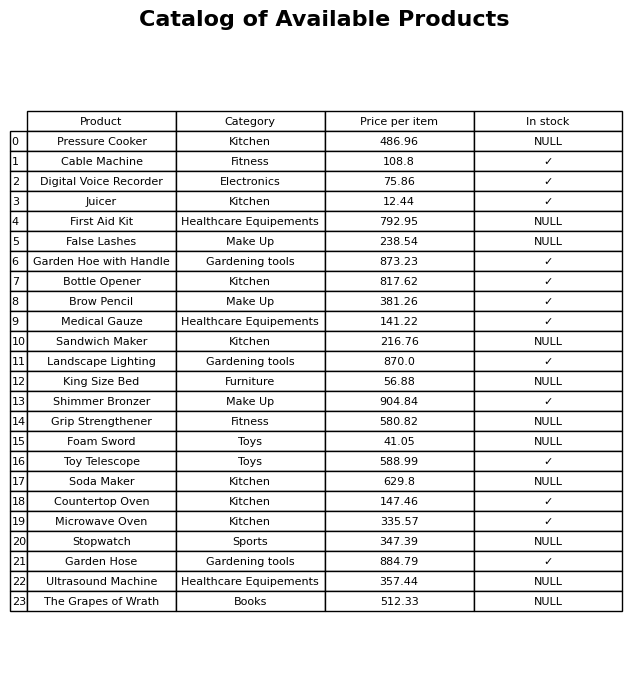
question: What is the stock status of the Stopwatch?
answer: NULL